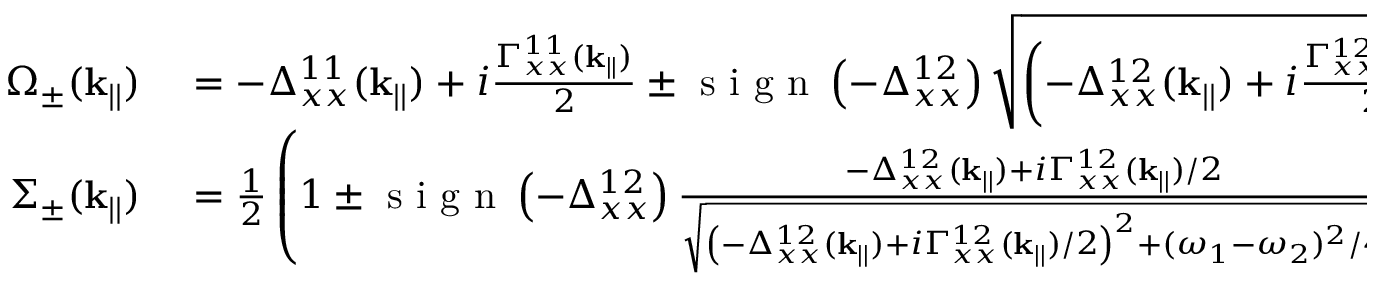
\begin{array} { r l } { \Omega _ { \pm } ( \mathbf { k } _ { | | } ) } & { { } = - \Delta _ { x x } ^ { 1 1 } ( \mathbf { k } _ { | | } ) + i \frac { \Gamma _ { x x } ^ { 1 1 } ( \mathbf { k } _ { | | } ) } { 2 } \pm \textrm { s i g n } \left( - \Delta _ { x x } ^ { 1 2 } \right) \sqrt { \left( - \Delta _ { x x } ^ { 1 2 } ( \mathbf { k } _ { | | } ) + i \frac { \Gamma _ { x x } ^ { 1 2 } ( \mathbf { k } _ { | | } ) } { 2 } \right) ^ { 2 } + \left( \frac { \omega _ { 1 } - \omega _ { 2 } } { 2 } \right) ^ { 2 } } + i \frac { \Gamma _ { 1 } } { 2 } , } \\ { \Sigma _ { \pm } ( \mathbf { k } _ { | | } ) } & { { } = \frac { 1 } { 2 } \left( 1 \pm \textrm { s i g n } \left( - \Delta _ { x x } ^ { 1 2 } \right) \frac { - \Delta _ { x x } ^ { 1 2 } ( \mathbf { k } _ { | | } ) + i \Gamma _ { x x } ^ { 1 2 } ( \mathbf { k } _ { | | } ) / 2 } { \sqrt { \left( - \Delta _ { x x } ^ { 1 2 } ( \mathbf { k } _ { | | } ) + i \Gamma _ { x x } ^ { 1 2 } ( \mathbf { k } _ { | | } ) / 2 \right) ^ { 2 } + ( \omega _ { 1 } - \omega _ { 2 } ) ^ { 2 } / 4 } } \right) } \end{array}